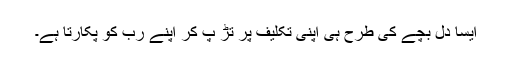
ایسا دل بچے کی طرح ہی اپنی تکلیف پر تڑ پ کر اپنے رب کو پکارتا ہے۔